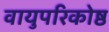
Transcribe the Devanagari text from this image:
वायुपरिकोष्ठ